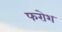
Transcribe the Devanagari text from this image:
फरोश